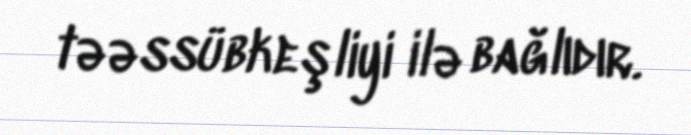
təəssübkeşliyi ilə bağlıdır.